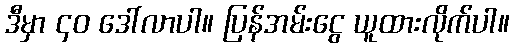
ဒီမှာ ၄၀ ဒေါ်လာပါ။ ပြန်အမ်းငွေ ယူထားလိုက်ပါ။